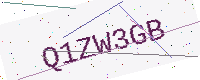
Text: Q1ZW3GB